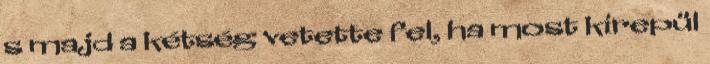
s majd a kétség vetette fel, ha most kirepül